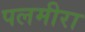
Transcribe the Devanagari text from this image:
पलमीरा